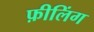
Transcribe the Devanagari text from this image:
फ़ीलिंग